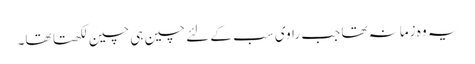
یہ وہ زمانہ تھا جب راوی سب کے لئے چین ہی چین لکھتا تھا۔